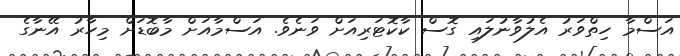
އަސްމާ ހިތްވަރު އެލުވާނުލައި ގޮސް ކާކޮޓަރިއަށް ވަނެވެ. އަސްމާއަށް މާބޮޑަށް މިހާރު އޭނާގެ